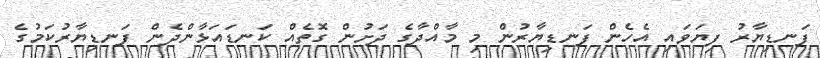
ފަނޑިޔާރު ފިޔަވައި އެހެން ފަނޑިޔާރުން މި މާއްދާގެ ދަށުން ގޮތެއް ކަނޑައަޅާންދެން ފަނޑިޔާރުކަމުގެ